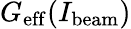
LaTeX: G_{\mathrm{eff}}(I_{\mathrm{beam}})